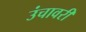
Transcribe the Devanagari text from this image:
उंचावरी